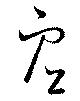
虚